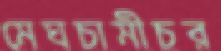
মেঘচামীচর